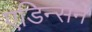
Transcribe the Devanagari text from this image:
एडिन्सन